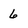
Character: 6